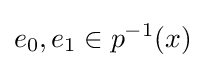
e_{0},e_{1}\in p^{-1}(x)